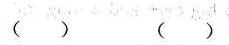
( ) ( )